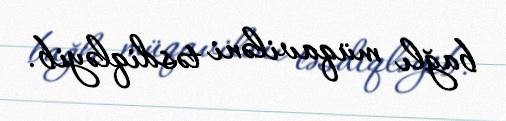
bağlı müqaviləni təsdiqləyib.